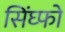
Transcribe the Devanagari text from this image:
सिंघ्फो